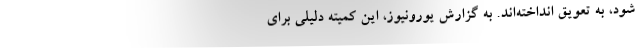
شود، به تعویق انداخته‌اند. به گزارش یورونیوز، این کمیته دلیلی برای